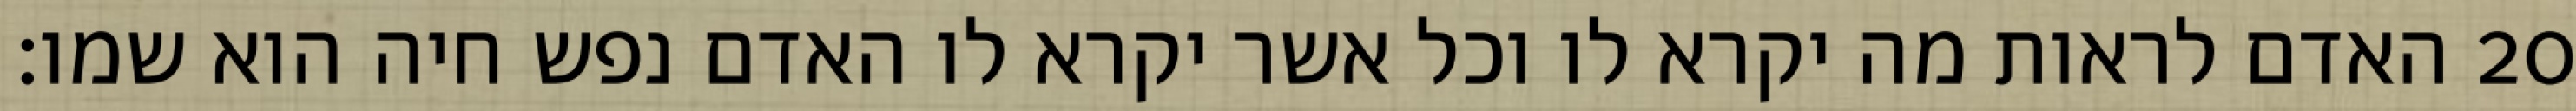
האדם לראות מה יקרא לו וכל אשר יקרא לו האדם נפש חיה הוא שמו׃ ‎20‏